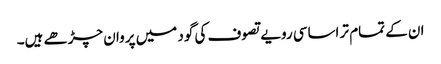
ان کے تمام تر اساسی رویے تصوف کی گود میں پروان چڑھے ہیں۔